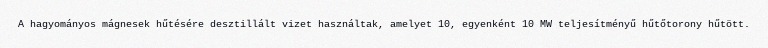
A hagyományos mágnesek hűtésére desztillált vizet használtak, amelyet 10, egyenként 10 MW teljesítményű hűtőtorony hűtött.